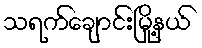
သရက်ချောင်းမြို့နယ်